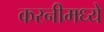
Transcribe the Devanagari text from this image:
करनीमध्ये